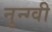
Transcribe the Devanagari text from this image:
नुन्ग्वी